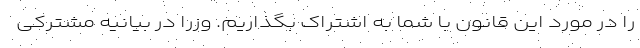
را در مورد این قانون با شما به اشتراک بگذاریم. وزرا در بیانیه‌ مشترکی